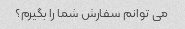
می توانم سفارش شما را بگیرم؟